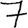
Digit: 7